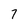
Character: 7